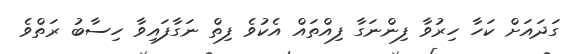
ގަދައަށް ކަހާ ހިރުވާ ފިންނަގާ ފިއްތައް އެކުވެ ފިތް ނަގާފައިވާ ހިސާބު ރަތްވެ